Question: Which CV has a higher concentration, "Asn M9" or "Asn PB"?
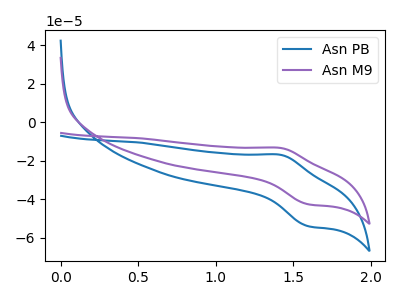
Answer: <think>The blue curve "Asn PB" has an anodic peak at (1.40V, -16.95uA) and a cathodic peak at (1.60V, -53.95uA). The purple curve "Asn M9" has an anodic peak at (1.40V, -13.35uA) and a cathodic peak at (1.60V, -42.60uA).
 All the peaks in "Asn M9" have a peak in "Asn PB" at the same potential.</think>
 <answer>I cant tell if "Asn M9" or "Asn PB" has higher concentration.</answer>
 <eval>mixed_concentration</eval>